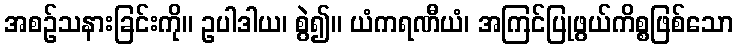
အစဉ်သနားခြင်းကို။ ဥပါဒါယ၊ စွဲ၍။ ယံကရဏီယံ၊ အကြင်ပြုဖွယ်ကိစ္စဖြစ်သော